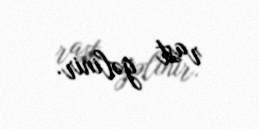
rast gəlinir.